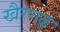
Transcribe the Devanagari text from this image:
खैरगढ़